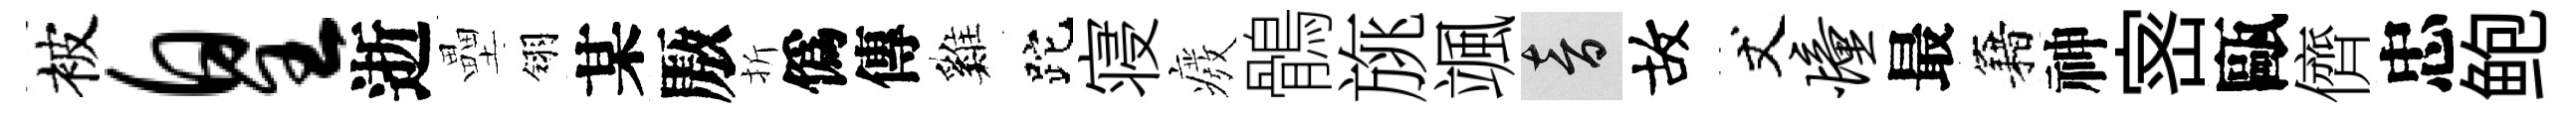
被皇逝壘翎某厫折僞傳巍跎寝癈鶻旐颯音故丈憧最籍神宻甌儕忠鲍